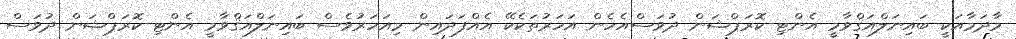
މާދަމާއަކީ ބައިނަލްއަޤްވާމީ އެންޓި-ކޮރަޕްޝަން ދުވަސްއެހެން އަހަރުތަކެކޭ އެއްފަދައިން މިއަހަރުވެސް ބައިނަލްއަޤްވާމީ އެންޓި-ކޮރަޕްޝަން ދުވަސް